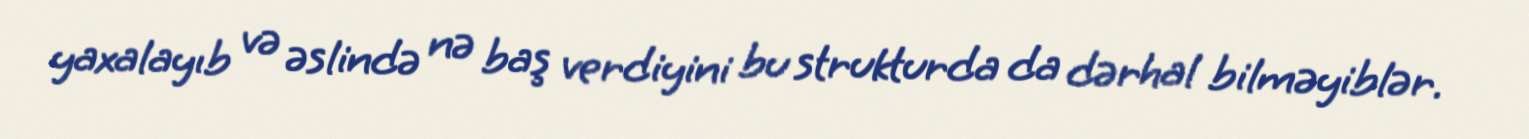
yaxalayıb və əslində nə baş verdiyini bu strukturda da dərhal bilməyiblər.